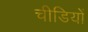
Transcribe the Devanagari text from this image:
चीडियों